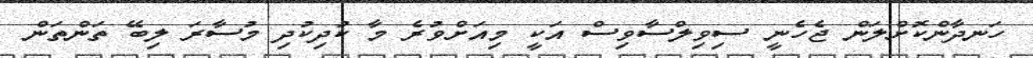
ހަނދާންކޮށްލަން ޖެހެނީ ސިވިލްސާވިސް އަކީ މިއަށްވުރެ މާ ކުދިކުދި މުސާރަ ލިބޭ ތަންތަން